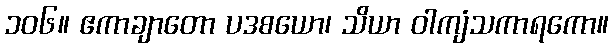
၁၀၆။ ဧကာချာတော ပဒစယော၊ သိယာ ဝါကျံသကာရကော။